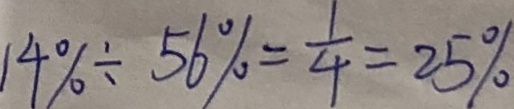
1 4 \% \div 5 6 \% = \frac { 1 } { 4 } = 2 5 \%